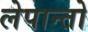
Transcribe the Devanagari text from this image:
लेपान्तो